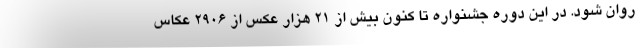
روان شود. در این دوره جشنواره تا کنون بیش از 21 هزار عکس از 2906 عکاس